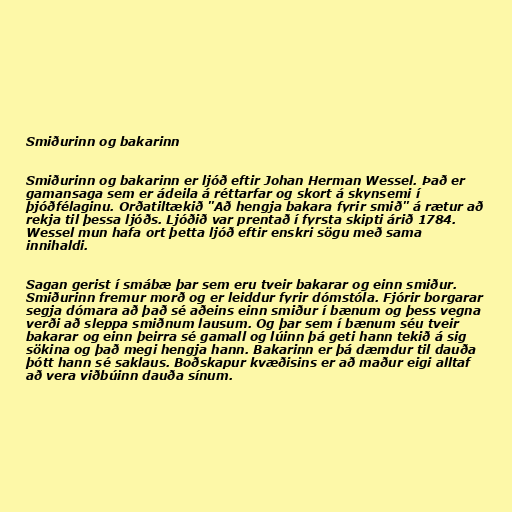
Smiðurinn og bakarinn

Smiðurinn og bakarinn er ljóð eftir Johan Herman Wessel. Það er
gamansaga sem er ádeila á réttarfar og skort á skynsemi í
þjóðfélaginu. Orðatiltækið "Að hengja bakara fyrir smið" á rætur að
rekja til þessa ljóðs. Ljóðið var prentað í fyrsta skipti árið 1784.
Wessel mun hafa ort þetta ljóð eftir enskri sögu með sama
innihaldi.

Sagan gerist í smábæ þar sem eru tveir bakarar og einn smiður.
Smiðurinn fremur morð og er leiddur fyrir dómstóla. Fjórir borgarar
segja dómara að það sé aðeins einn smiður í bænum og þess vegna
verði að sleppa smiðnum lausum. Og þar sem í bænum séu tveir
bakarar og einn þeirra sé gamall og lúinn þá geti hann tekið á sig
sökina og það megi hengja hann. Bakarinn er þá dæmdur til dauða
þótt hann sé saklaus. Boðskapur kvæðisins er að maður eigi alltaf
að vera viðbúinn dauða sínum.